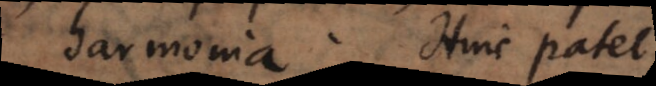
harmonia. Hinc patet